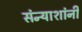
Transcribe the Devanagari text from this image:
संन्याशांनी